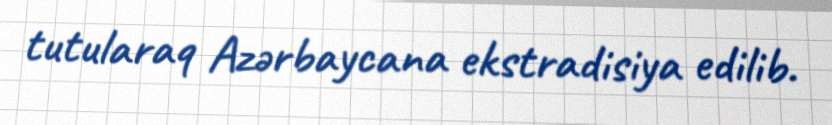
tutularaq Azərbaycana ekstradisiya edilib.